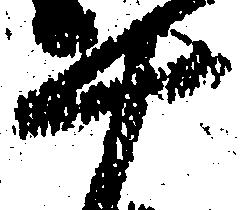
十